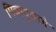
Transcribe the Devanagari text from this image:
पिन्नादुवागे